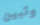
وتبين